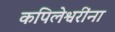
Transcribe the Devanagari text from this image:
कपिलेश्वरींना